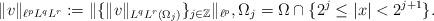
LaTeX: \begin{align*} \|v\|_{\ell^{p}L^{q}L^{r}} := \|\{\|v\|_{L^{q}L^{r}(\Omega_{j})}\} _{j\in \mathbb{Z}}\|_{\ell^{p}}, \Omega_{j}=\Omega\cap\{2^{j}\le|x|<2^{j+1}\}.\end{align*}